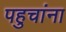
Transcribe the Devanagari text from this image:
पहुचांना